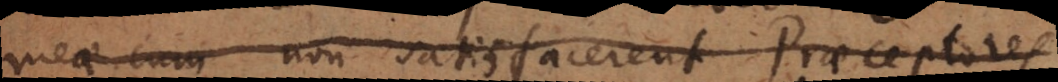
meae cum non satisfacerent Praeceptores